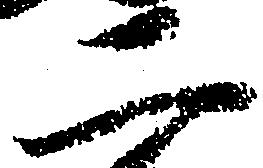
二